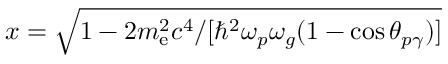
x = \sqrt { 1 - 2 m _ { \mathrm { e } } ^ { 2 } c ^ { 4 } / [ \hbar ^ { 2 } \omega _ { p } \omega _ { g } ( 1 - \cos \theta _ { p \gamma } ) ] }